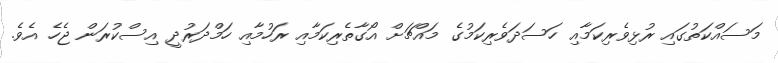
މަސައްކަތުގައި ރުޅިވެރިކަމާއި ހަސަދަވެރިކަމުގެ މައްޗަށް އޯގާތެރިކަމާއި ރަހުމާއި ހަމްދަރުދީ އިސްކުރަން ޖެހެ އެވެ.